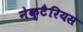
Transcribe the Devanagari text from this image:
नेक्टैरियस